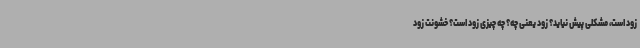
زود است، مشکلی پیش نیاید؟ زود یعنی چه؟ چه چیزی زود است؟ خشونت زود